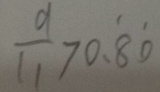
\frac { 9 } { 1 1 } > 0 . \ddot { 8 0 }